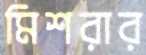
মিশরার